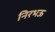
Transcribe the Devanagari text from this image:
निरभऊ